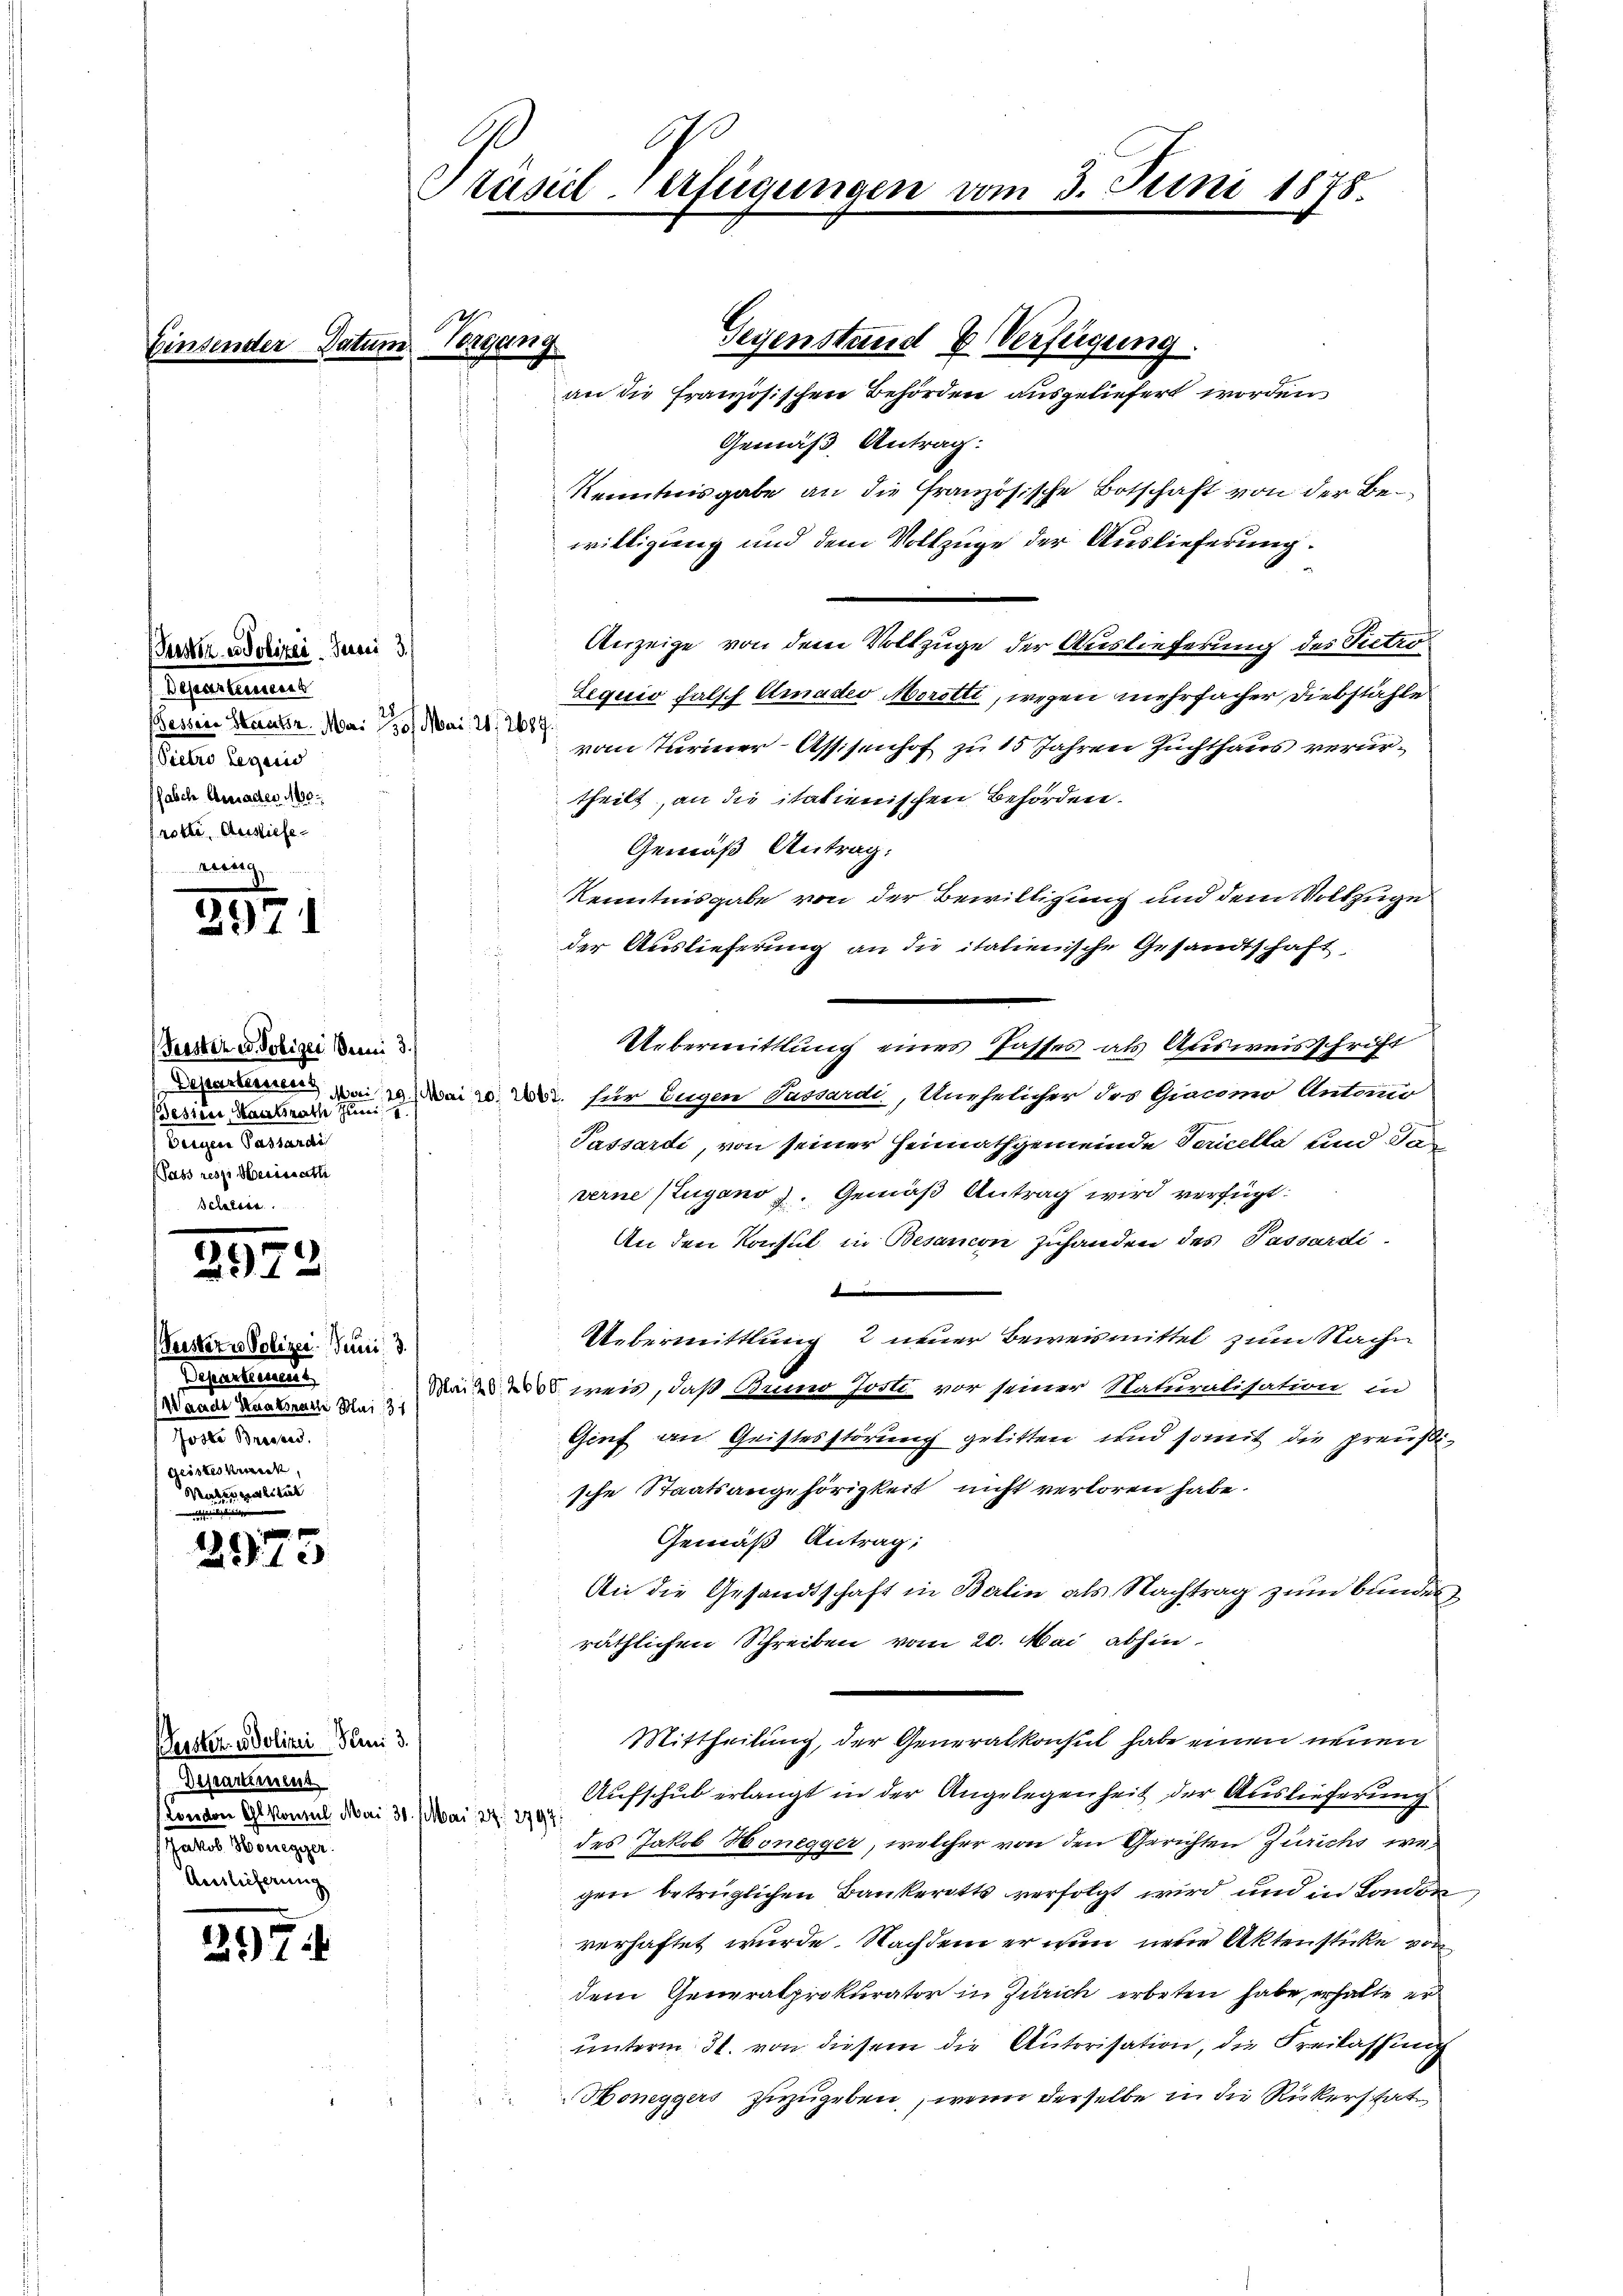
Br

Pastor es Polizei. Dersei 3./
Besserteiens
Bessere Staatsr. Mai 1901 Mai 21. 2687.
Pietro legend
fabch Eberrades 1100.
rotte Ausliefe

155

2

Peistern Polizei. Juni d.
reperteurund
selte er eine einen einen der Mai 1
Joste Breesen.
fgeisteskrieck,
Maters valität

¬
215

2974

c
Präsidl-Verfügungen vom 3. Juni 1878.

2

Praster es Polizei dem 3. J
Bessen, Staatsrath Juni
Bergen Passardi
Sass resp. Herissati

Geister- u Polizei Juni 3.
Departmens
London Alkonsul Mai 30. Mai 22. 2797:
Jakob Honegger.
d
i

Seyenstand & Verfügung.
an die Französischen Behörden ausgeliefert worden
Gemäß Antrag:
Kenntnisgabe an die französische Botschaft von der Bewilligung und dem Vollzüge der Auslieferung.
Anzeige von dem Vollzuge der Auslieferung des Pectro¬
Lequis falsch Amader Moretti, wegen mehrfacher, Diebstähle
vom Turiner-Assisenhof zu 15 Jahren Zuchthaus verurtheilt, an die italienischen Behörden.
Gemäß Antrag:
Kenntnisgabe von der Bewilligung und dem Vollzuge
 der Auslieferung an die italienische Gesandtschaft
Uebermittlung eines Passes als Ausweisschrift
Denommen 10 vom 20. W. für Eugen Passardi, Unehelicher des Giacomo Antano
Passardi, von seiner Heimathgemeinde Sericella und daverne Zugano. Gemäß Antrag wird verfügt:
An den Konsul in Besanen Zuhanden des Passardi-

Uebermittlung 2 neuer Beweismittel zum Nach¬
Dad weis, daß Bruno Josti vor seiner Naturalisation in
Gief an Geistesstörung gelitten und somit die preußische Staatsangehörigkeit nicht verloren habe.
Gemäß Antrag:
An die Gesandtschaft in Balin als Nachtrag zum Bunden
räthlichen Schreiben vom 20. Mai abhin
Mittheilung, der Generalkonsul habe einen neuen
Aufschub erlangt in der Angelegenheit der Auslieferung
des Jakob Honegger, welcher von den Gerichten Zürichs wegen betrüglichen Bankeritts verfolgt wird, und in Londor
verhaftet wurde. Nachdem er nun neue Aktenstücke vor
dem Generalprokurator in Zürich erbeten habe, erhalte er
unterm 31. von diesem die Autorisation, die Freilassung
Honeggers zuzugeben, wenn derselbe in die Rükerstat
.

Tagung